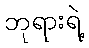
ဘုရားရဲ့